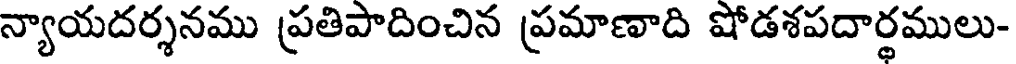
న్యాయదర్శనము ప్రతిపాదించిన ప్రమాణాది షోడశపదార్థములు-